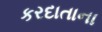
કરદાતાના